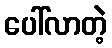
ပေါ်လာတဲ့